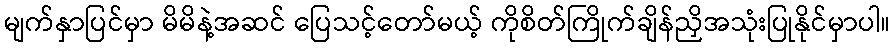
မျက်နှာပြင်မှာ မိမိနဲ့အဆင် ပြေသင့်တော်မယ့် ကိုစိတ်ကြိုက်ချိန်ညှိအသုံးပြုနိုင်မှာပါ။